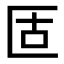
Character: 𠤳